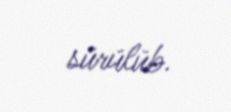
sürülüb.